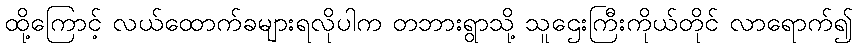
ထို့ကြောင့် လယ်ထောက်ခများရလိုပါက တဘားရွာသို့ သူဌေးကြီးကိုယ်တိုင် လာရောက်၍